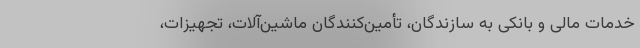
خدمات مالی و بانکی به سازندگان، تأمین‌کنندگان ماشین‌آلات، تجهیزات،